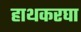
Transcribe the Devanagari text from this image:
हाथकरघा